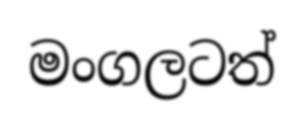
මංගලටත්